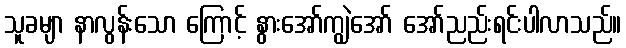
သူခမျာ နာလွန်းသော ကြောင့် နွားအော်ကျွဲအော် အော်ညည်းရင်းပါလာသည်။